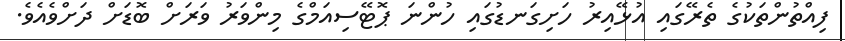
ފިއްތުންތަކުގެ ތެރޭގައި އުޅޭއިރު ހަށިގަނޑުގައި ހުންނަ ޕޮޓޭސިއަމްގެ މިންވަރު ވަރަށް ބޮޑަށް ދަށްވެއެވެ.